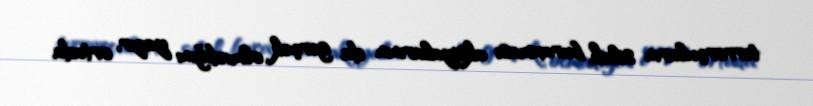
terrorçuların silah buraxması aksiyalarının da gerçək olmadığını yazır, ortada